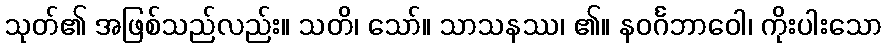
သုတ်၏ အဖြစ်သည်လည်း။ သတိ၊ သော်။ သာသနဿ၊ ၏။ နဝင်္ဂဘာဝေါ၊ ကိုးပါးသော